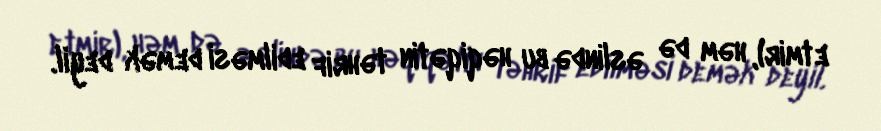
etmir), həm də əslində bu həqiqətin təhrif edilməsi demək deyil.